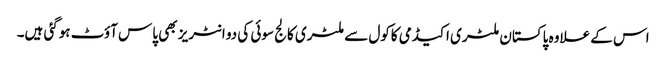
اس کے علاوہ پاکستان ملٹری اکیڈمی کاکول سے ملٹری کالج سوئی کی دو انٹریز بھی پاس آؤٹ ہوگئی ہیں۔